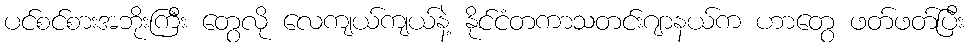
ပင်စင်စားအဘိုးကြီး တွေလို လေကျယ်ကျယ်နဲ့ နိုင်ငံတကာသတင်းဂျာနယ်က ဟာတွေ ဖတ်ဖတ်ပြီး